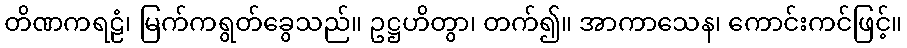
တိဏကရဠံ၊ မြက်ကရွတ်ခွေသည်။ ဥဋ္ဌဟိတွာ၊ တက်၍။ အာကာသေန၊ ကောင်းကင်ဖြင့်။